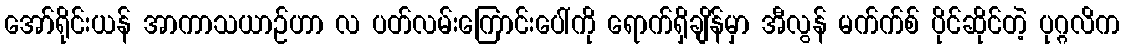
အော်ရိုင်းယန် အာကာသယာဉ်ဟာ လ ပတ်လမ်းကြောင်းပေါ်ကို ရောက်ရှိချိန်မှာ အီလွန် မက်က်စ် ပိုင်ဆိုင်တဲ့ ပုဂ္ဂလိက